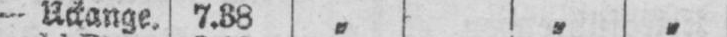
- Uckange. 7.38 „ „ „